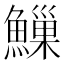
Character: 䲃